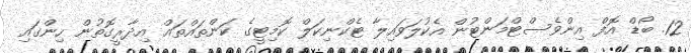
12. ބޯޑް އޮފް އިންވެސްޓްމަންޓުން އެކުލަވައިލާ ޓެކްނިކަލް ކޮމިޓީގެ ކަންތައްތައް އިދާރީގޮތުން ހިންގައި